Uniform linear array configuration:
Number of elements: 4
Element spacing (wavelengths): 0.25
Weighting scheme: hamming
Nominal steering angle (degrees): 15
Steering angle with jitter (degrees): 15.977
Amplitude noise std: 0.05
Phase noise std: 0.05

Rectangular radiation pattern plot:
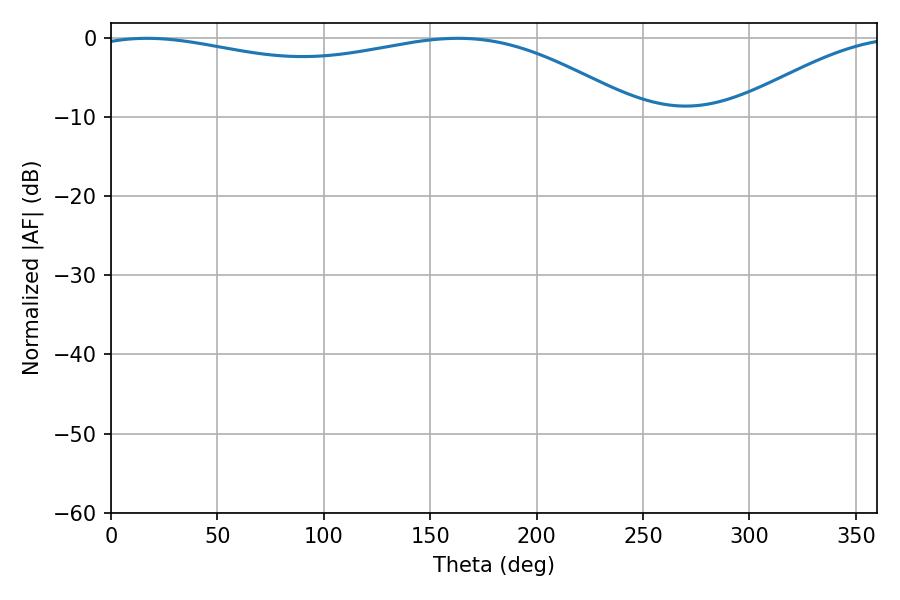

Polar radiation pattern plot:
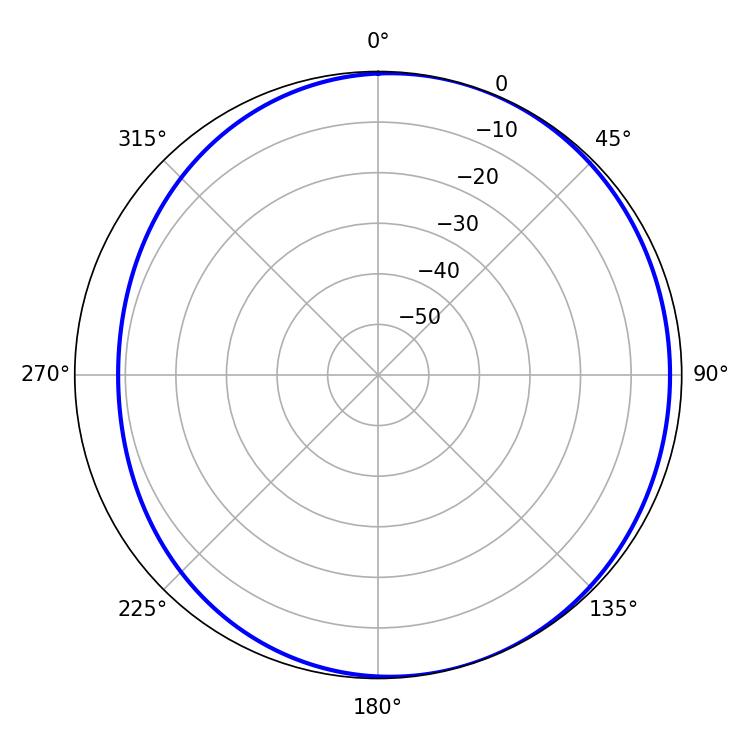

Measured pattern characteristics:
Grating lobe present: FALSE
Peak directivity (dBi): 3.383
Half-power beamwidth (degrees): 209.88
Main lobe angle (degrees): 16.92